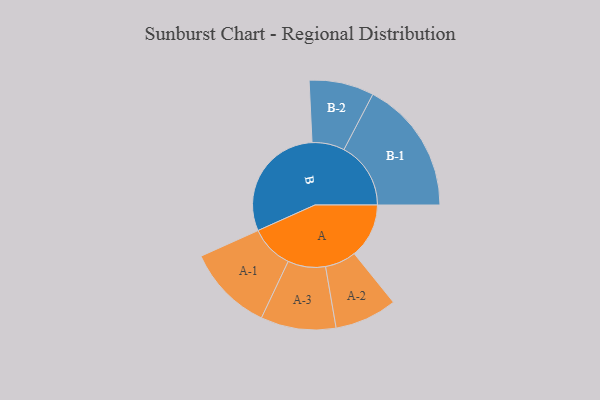
{"axis": {"x": "Segment", "y": "Value"}, "legend": ["", "A", "B"], "data": [{"x": "A", "y": 221, "type": ""}, {"x": "B", "y": 482, "type": ""}, {"x": "A-1", "y": 175, "type": "A"}, {"x": "A-2", "y": 126, "type": "A"}, {"x": "A-3", "y": 152, "type": "A"}, {"x": "B-1", "y": 270, "type": "B"}, {"x": "B-2", "y": 131, "type": "B"}]}